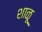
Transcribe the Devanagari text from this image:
शाळू